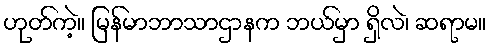
ဟုတ်ကဲ့။ မြန်မာဘာသာဌာနက ဘယ်မှာ ရှိလဲ၊ ဆရာမ။